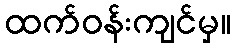
ထက်ဝန်းကျင်မှ။